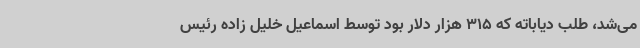
می‌شد، طلب دیاباته که 315 هزار دلار بود توسط اسماعیل خلیل زاده رئیس